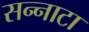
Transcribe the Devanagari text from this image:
सन्‍नाटा